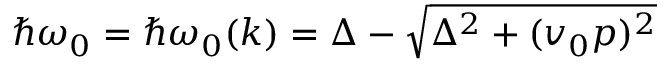
\hbar \omega _ { 0 } = \hbar \omega _ { 0 } ( k ) = \Delta - \sqrt { \Delta ^ { 2 } + ( v _ { 0 } p ) ^ { 2 } }